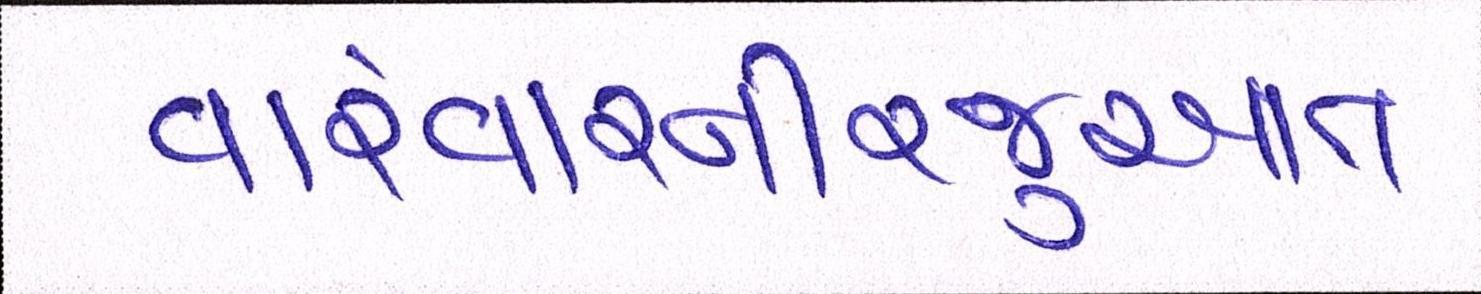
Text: વારંવારનીરજુઆત